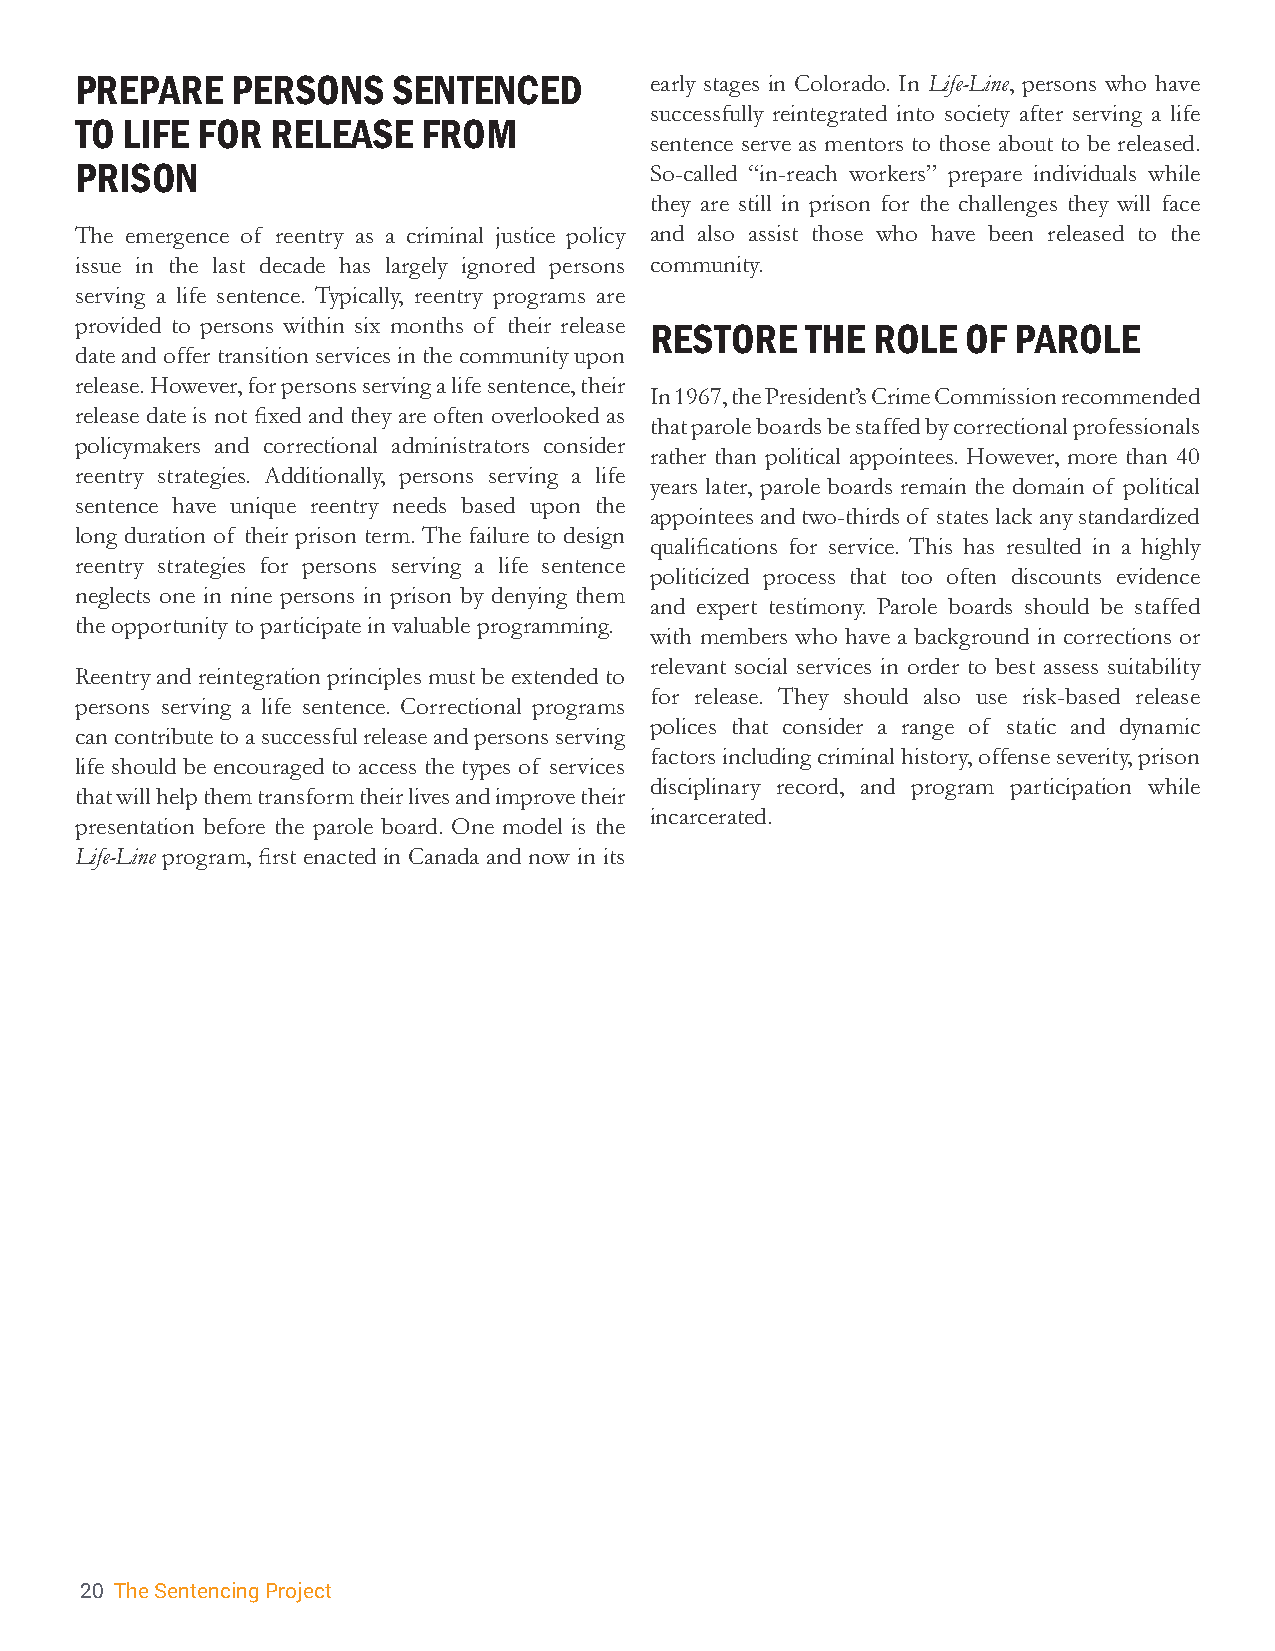
PREPARE   PERSONS    SENTENCED        early stages in Colorado. In Life-Line, persons who have
 successfully reintegrated into society after serving a life
 TO LIFE FOR  RELEASE   FROM
 sentence serve as mentors to those about to be released.
 PRISON                                So-called “in-reach workers” prepare individuals while
 they are still in prison for the challenges they will face
 The emergence of reentry as a criminal justice policy and also assist those who have been released to the
 issue in the last decade has largely ignored persons community.
 serving a life sentence. Typically, reentry programs are
 provided to persons within six months of their release
 RESTORE   THE  ROLE  OF PAROLE
 date and offer transition services in the community upon
 release. However, for persons serving a life sentence, their
 In 1967, the President’s Crime Commission recommended
 release date is not fixed and they are often overlooked as
 that parole boards be staffed by correctional professionals
 policymakers and correctional administrators consider
 rather than political appointees. However, more than 40
 reentry strategies. Additionally, persons serving a life
 years later, parole boards remain the domain of political
 sentence have unique reentry needs based upon the
 appointees and two-thirds of states lack any standardized
 long duration of their prison term. The failure to design
 qualifications for service. This has resulted in a highly
 reentry strategies for persons serving a life sentence
 politicized process that too often discounts evidence
 neglects one in nine persons in prison by denying them
 and expert testimony. Parole boards should be staffed
 the opportunity to participate in valuable programming.
 with members who have a background in corrections or
 relevant social services in order to best assess suitability
 Reentry and reintegration principles must be extended to
 for release. They should also use risk-based release
 persons serving a life sentence. Correctional programs
 polices that consider a range of static and dynamic
 can contribute to a successful release and persons serving
 factors including criminal history, offense severity, prison
 life should be encouraged to access the types of services
 disciplinary record, and program participation while
 that will help them transform their lives and improve their
 incarcerated.
 presentation before the parole board. One model is the
 Life-Line program, first enacted in Canada and now in its
 20 The Sentencing Project